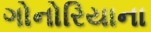
ગોનોરિયાના